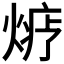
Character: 𱫬